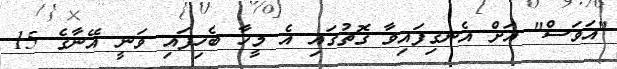
"އަވަސް" އަށް އެނގިފައިވާ ގޮތުގައި އެ މީހާ ބެހިފައި ވަނީ އޭނާގެ 15